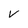
Character: V